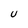
Character: U